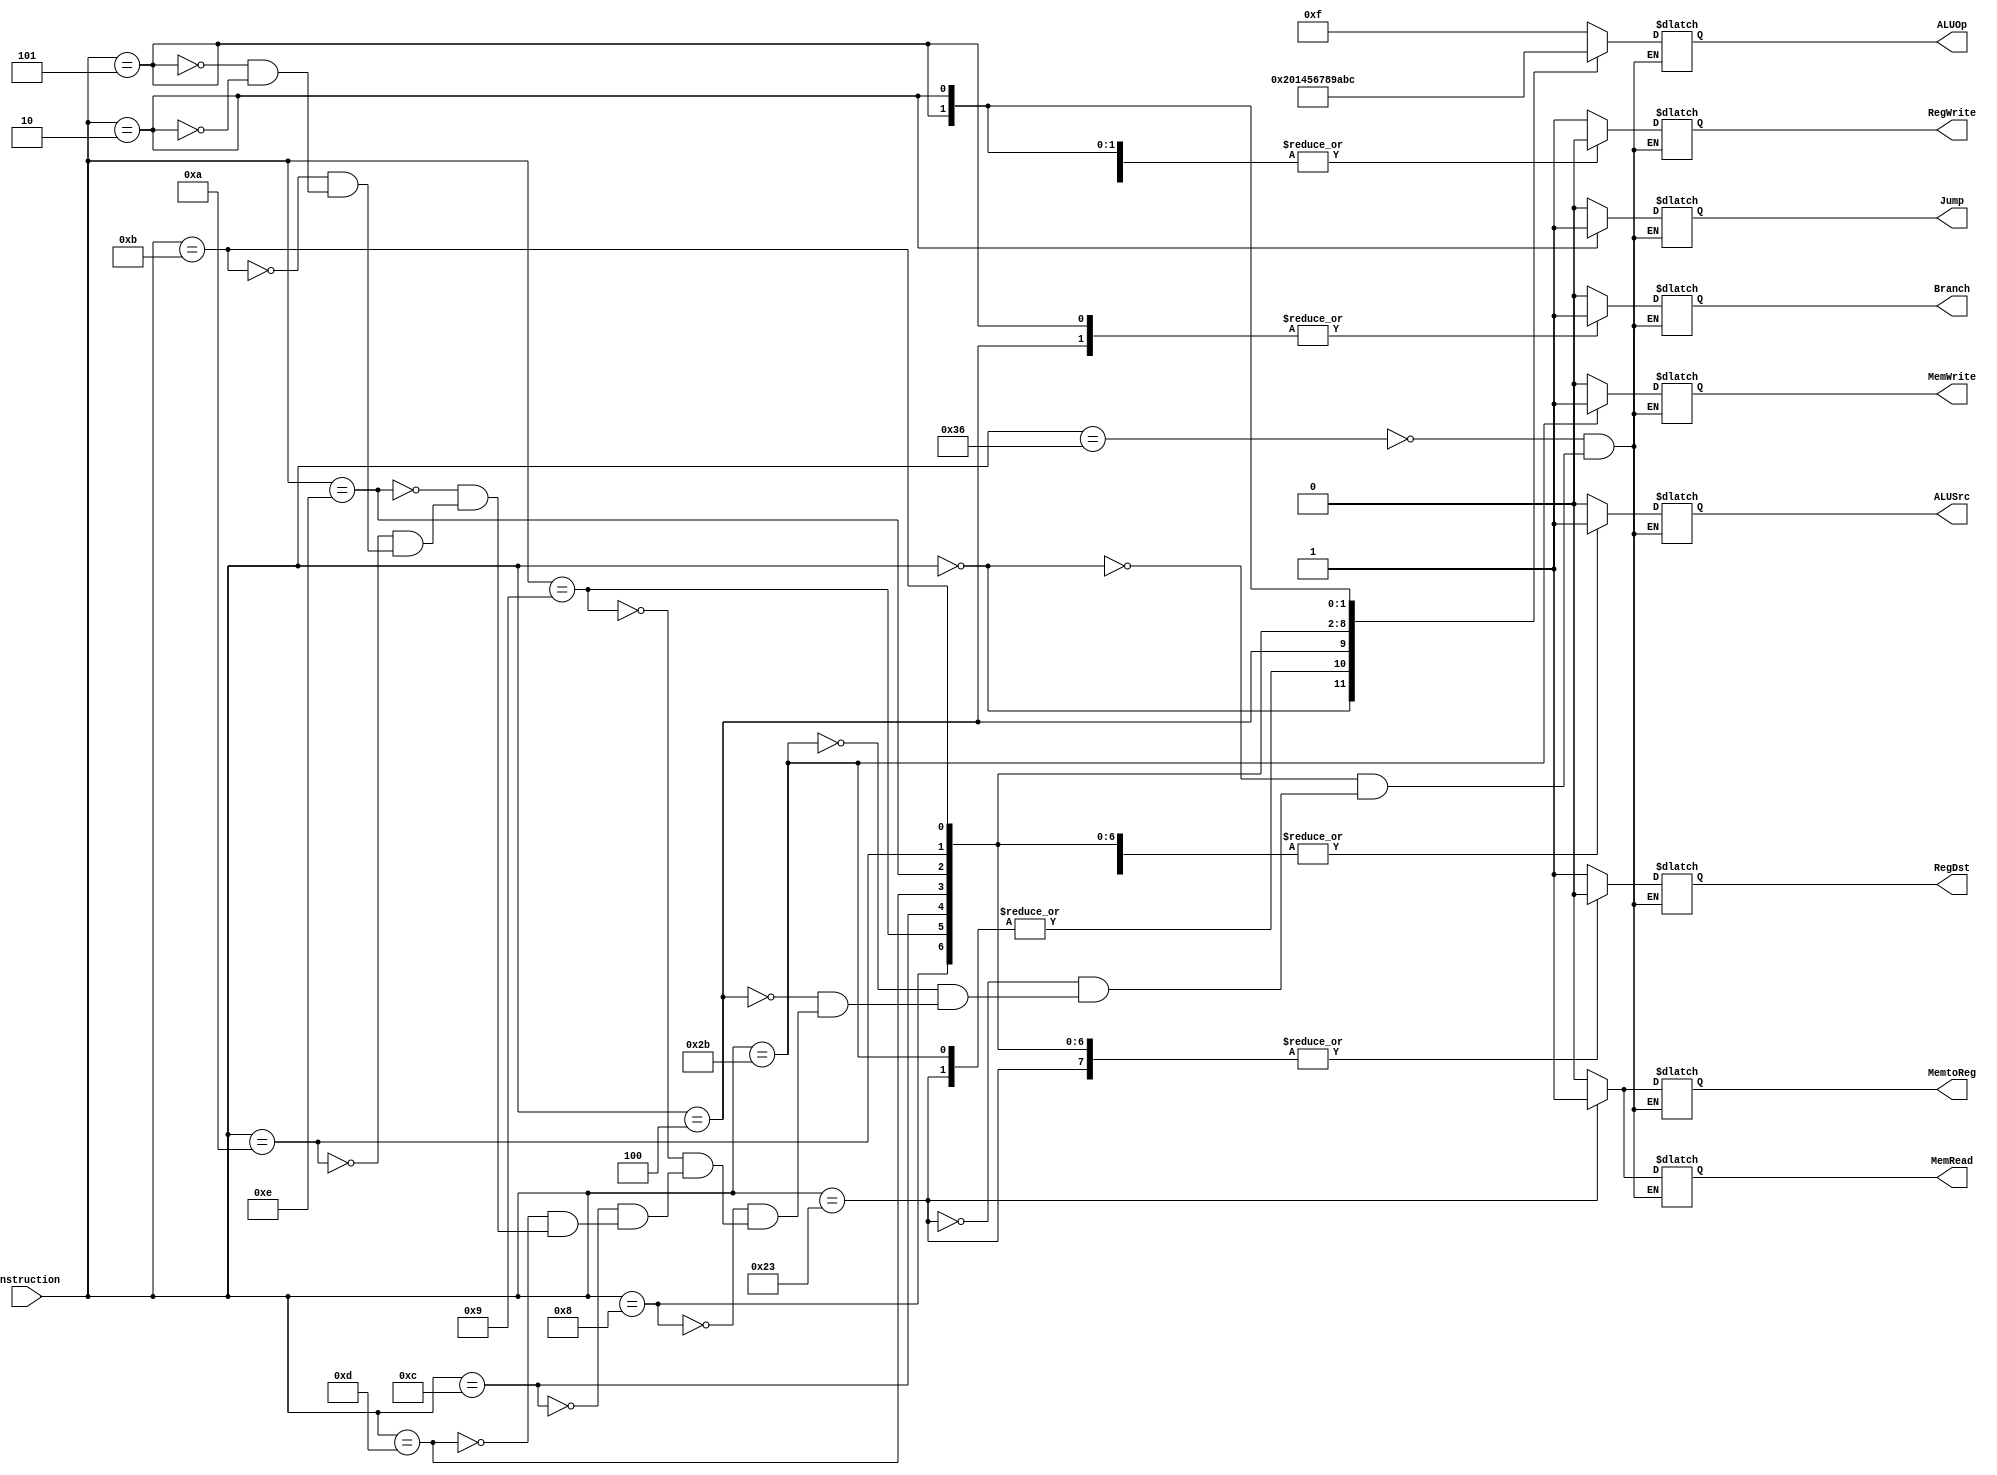
// By Thomas Step
// http://www2.engr.arizona.edu/~ece369/Resources/spim/MIPSReference.pdf

// Repetoire of operations for general Control Unit, defined by Instruction[31:26]
`define RTYPE 6'b000000 // R-Type instruction
`define LW 6'b100011 // Load Word instruction
`define SW 6'b101011 // Store Word instruction
`define BEQ 6'b000100 // Branch instruction

// The following opcodes are used in the second part of the project
// Some instructions for the second part of this program are R-Type

//I-Type (All opcodes except 000000, 00001x, and 0100xx)
`define ADDI    6'b001000
`define ADDIU   6'b001001
`define ANDI    6'b001100
`define BEQ     6'b000100
`define BNE     6'b000101
`define BLEZ    6'b000110
`define BLTZ    6'b000001
`define ORI     6'b001101
`define XORI    6'b001110
`define NOP     6'b110110
`define LUI     6'b001111
`define SLTI    6'b001010
`define SLTIU   6'b001011
`define LB      6'b100000
`define SB      6'b101000
// J-Type (Opcode 00001x)
`define J       6'b000010
`define JAL     6'b000011

module generalControl(RegDst, Branch, Jump, MemRead, MemtoReg, ALUOp, MemWrite, ALUSrc, RegWrite, Instruction);

	input[5:0] Instruction; // This is actually the Op field from the instruction
	output RegDst, Branch, MemRead, MemtoReg, MemWrite, ALUSrc, RegWrite, Jump;
	output[3:0] ALUOp;
	reg RegDst, Branch, MemRead, MemtoReg, MemWrite, ALUSrc, RegWrite, Jump;
	reg[3:0] ALUOp;

	always@(Instruction)
	begin
		case(Instruction)
			`NOP: begin
				RegDst = 1'bx;
				ALUSrc = 1'bx;
				MemtoReg = 1'bx;
				RegWrite = 1'bx;
				MemRead = 1'bx;
				MemWrite = 1'bx;
				Branch = 1'bx;
				Jump = 1'bx;
				ALUOp = 4'b1111;
			end
			`RTYPE: begin
				RegDst = 1'b1;
				ALUSrc = 1'b0;
				MemtoReg = 1'b0;
				RegWrite = 1'b1;
				MemRead = 1'b0;
				MemWrite = 1'b0;
				Branch = 1'b0;
				Jump = 1'b0;
				ALUOp = 4'b0010;
			end
			`LW: begin
				RegDst = 1'b0;
				ALUSrc = 1'b1;
				MemtoReg = 1'b1;
				RegWrite = 1'b1;
				MemRead = 1'b1;
				MemWrite = 1'b0;
				Branch = 1'b0;
				Jump = 1'b0;
				ALUOp = 4'b0000;
			end
			`SW: begin
				RegDst = 1'bx;
				ALUSrc = 1'b1;
				MemtoReg = 1'bx;
				RegWrite = 1'b0;
				MemRead = 1'b0;
				MemWrite = 1'b1;
				Branch = 1'b0;
				Jump = 1'b0;
				ALUOp = 4'b0000;
			end
			`BEQ: begin
				RegDst = 1'bx;
				ALUSrc = 1'b0;
				MemtoReg = 1'bx;
				RegWrite = 1'b0;
				MemRead = 1'b0;
				MemWrite = 1'b0;
				Branch = 1'b1;
				Jump = 1'b0;
				ALUOp = 4'b0001;
			end
			`ADDI: begin
				RegDst = 1'b0;
				ALUSrc = 1'b1;
				MemtoReg = 1'b0;
				RegWrite = 1'b1;
				MemRead = 1'b0;
				MemWrite = 1'b0;
				Branch = 1'b0;
				Jump = 1'b0;
				ALUOp = 4'b0100;	
			end
			`ADDIU: begin
				RegDst = 1'b0;
				ALUSrc = 1'b1;
				MemtoReg = 1'b0;
				RegWrite = 1'b1;
				MemRead = 1'b0;
				MemWrite = 1'b0;
				Branch = 1'b0;
				Jump = 1'b0;
				ALUOp = 4'b0101;	
			end
			`ANDI: begin
				RegDst = 1'b0;
				ALUSrc = 1'b1;
				MemtoReg = 1'b0;
				RegWrite = 1'b1;
				MemRead = 1'b0;
				MemWrite = 1'b0;
				Branch = 1'b0;
				Jump = 1'b0;
				ALUOp = 4'b0110;	
			end
			`ORI: begin
				RegDst = 1'b0;
				ALUSrc = 1'b1;
				MemtoReg = 1'b0;
				RegWrite = 1'b1;
				MemRead = 1'b0;
				MemWrite = 1'b0;
				Branch = 1'b0;
				Jump = 1'b0;
				ALUOp = 4'b0111;	
			end
			`XORI: begin
				RegDst = 1'b0;
				ALUSrc = 1'b1;
				MemtoReg = 1'b0;
				RegWrite = 1'b1;
				MemRead = 1'b0;
				MemWrite = 1'b0;
				Branch = 1'b0;
				Jump = 1'b0;
				ALUOp = 4'b1000;
			end
			`SLTI: begin
				RegDst = 1'b0;
				ALUSrc = 1'b1;
				MemtoReg = 1'b0;
				RegWrite = 1'b1;
				MemRead = 1'b0;
				MemWrite = 1'b0;
				Branch = 1'b0;
				Jump = 1'b0;
				ALUOp = 4'b1001;
			end
			`SLTIU: begin
				RegDst = 1'b0;
				ALUSrc = 1'b1;
				MemtoReg = 1'b0;
				RegWrite = 1'b1;
				MemRead = 1'b0;
				MemWrite = 1'b0;
				Branch = 1'b0;
				Jump = 1'b0;
				ALUOp = 4'b1010;
			end
			`BNE: begin
				RegDst = 1'bx;
				ALUSrc = 1'b0;
				MemtoReg = 1'bx;
				RegWrite = 1'b0;
				MemRead = 1'b0;
				MemWrite = 1'b0;
				Branch = 1'b1;
				Jump = 1'b0;
				ALUOp = 4'b1011;
			end
			`J: begin
				RegDst = 1'bx;
				ALUSrc = 1'b0;
				MemtoReg = 1'bx;
				RegWrite = 1'b0;
				MemRead = 1'b0;
				MemWrite = 1'b0;
				Branch = 1'b0;
				Jump = 1'b1;
				ALUOp = 4'b1100;
			end
		endcase
	end
endmodule

/*module TestGenCU;

	reg [5:0] I;
	wire  RD, B, MR, MtR, MW, AS, RW;
	wire[1:0] AO;
      
	generalControl gCU( RD, B, MR, MtR, AO, MW, AS, RW, I );

    initial begin
    	$monitor("%0d\tI = %b; RD = %b B = %b; MR = %b; MtR = %b; AO = %b; MW = %b; AS = %b; RW = %b;",  $time, I, RD, B, MR, MtR, AO, MW, AS, RW );

    	#0 I = `RTYPE;
    	#10 I = `LW;
    	#10 I = `SW;
    	#10 I = `BRANCH;
    	#100 $finish;
    end
endmodule*/